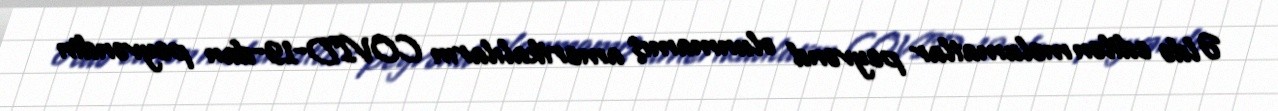
Əldə edilən məlumatlar peyvənd olunmamış amerikalıların COVID-19-dan peyvəndin